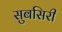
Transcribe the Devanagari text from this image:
सुबसिरी